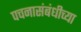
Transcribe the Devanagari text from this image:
पचनासंबंधीच्या